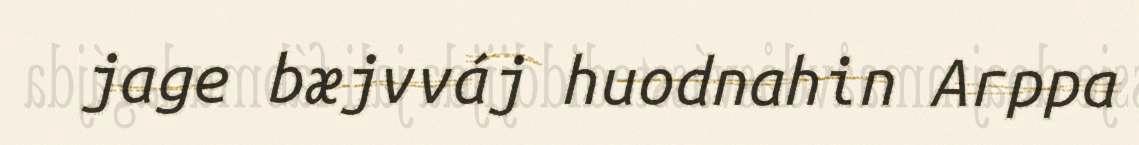
jage bæjvváj huodnahin Arppa